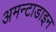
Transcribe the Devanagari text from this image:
अमन्टाडाइन